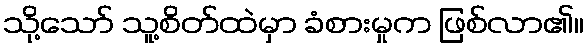
သို့သော် သူ့စိတ်ထဲမှာ ခံစားမှုက ဖြစ်လာ၏။